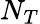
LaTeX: N_{T}